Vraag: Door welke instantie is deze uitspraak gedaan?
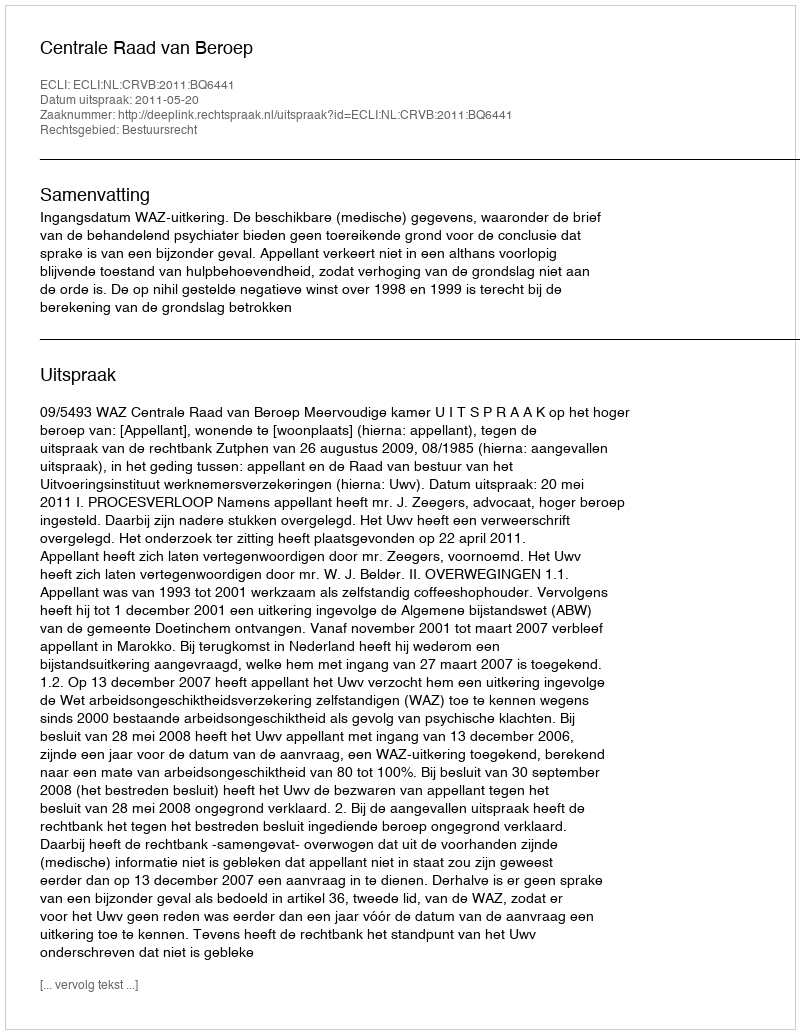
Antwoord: Centrale Raad van Beroep